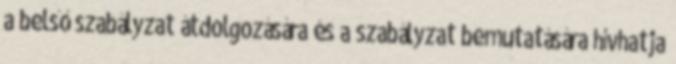
a belső szabályzat átdolgozására és a szabályzat bemutatására hívhatja